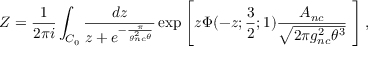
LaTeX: { \cal Z } = \frac { 1 } { 2 \pi i } \int _ { { \cal C } _ { 0 } } \frac { d z } { z + e ^ { - \frac { \pi } { g _ { n c } ^ { 2 } \theta } } } \exp \left[ z \Phi ( - z ; \frac { 3 } { 2 } ; 1 ) \frac { A _ { n c } } { \sqrt { 2 \pi g _ { n c } ^ { 2 } \theta ^ { 3 } } } \, \, \right] ,